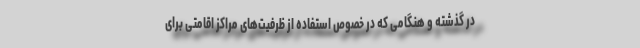
در گذشته و هنگامی که در خصوص استفاده از ظرفیت‌های مراکز اقامتی برای